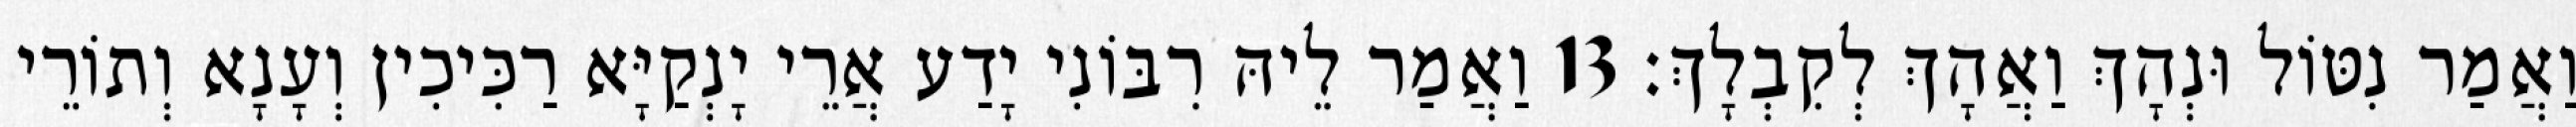
וַאֲמַר נִטּוֹל וּנְהָךְ וַאֲהָךְ לְקִבְלָךְ׃ 13 וַאֲמַר לֵיהּ רִבּוֹנִי יָדַע אֲרֵי יָנְקַיָּא רַכִּיכִין וְעָנָא וְתוֹרֵי